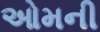
ઓમની